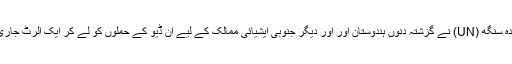
اقوام متحدہ سنگھ (UN) نے گزشتہ دنوں ہندوستان اور اور دیگر جنوبی ایشیائی ممالک کے لیے ان ڈیو کے حملوں کو لے کر ایک الرٹ جاری کیا تھا۔